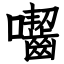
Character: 囓